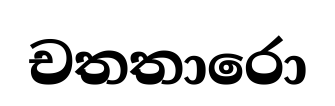
චතතාරො